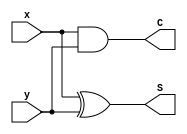
module half_adder_2(S, C, x, y);
input x, y;
output S, C;

xor G0(S, x, y);
and G1(C, x, y);
endmodule